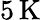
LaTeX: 5\, \mathrm{\textrm{K}}